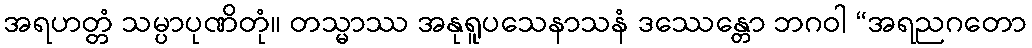
အရဟတ္တံ သမ္ပာပုဏိတုံ။ တသ္မာဿ အနုရူပသေနာသနံ ဒဿေန္တော ဘဂဝါ “အရညဂတော